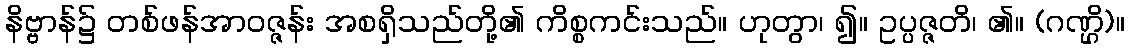
နိဗ္ဗာန်၌ တစ်ဖန်အာဝဇ္ဇန်း အစရှိသည်တို့၏ ကိစ္စကင်းသည်။ ဟုတွာ၊ ၍။ ဥပ္ပဇ္ဇတိ၊ ၏။ (ဂဏ္ဌိ)။